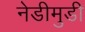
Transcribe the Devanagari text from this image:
नेडीमुडी